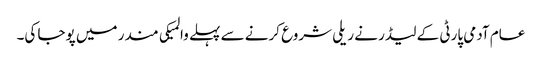
عام آدمی پارٹی کے لیڈر نے ریلی شروع کرنے سے پہلے والمیکی مندر میں پوجا کی۔